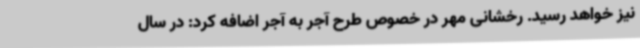
نیز خواهد رسید. رخشانی مهر در خصوص طرح آجر به آجر اضافه کرد: در سال